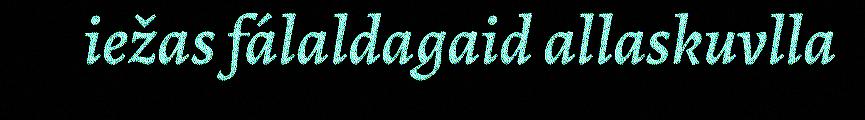
iežas fálaldagaid allaskuvlla